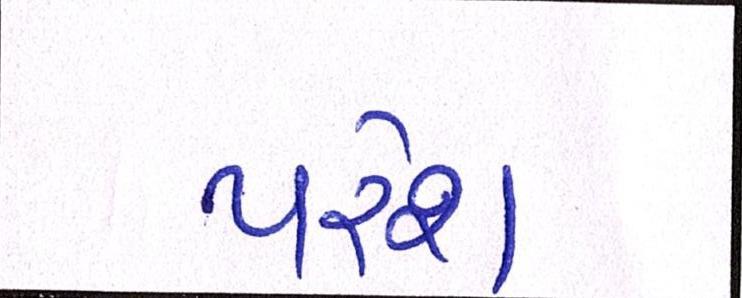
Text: પરેશ